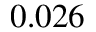
0 . 0 2 6